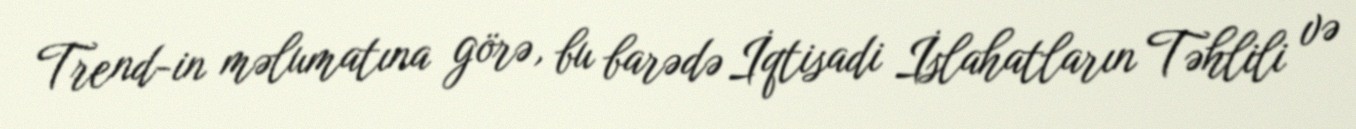
Trend-in məlumatına görə, bu barədə İqtisadi İslahatların Təhlili və